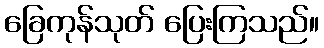
ခြေကုန်သုတ် ပြေးကြသည်။